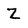
Character: Z